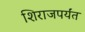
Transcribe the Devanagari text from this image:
शिराजपर्यंत